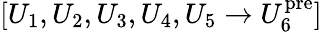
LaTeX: [U_{1},U_{2},U_{3},U_{4},U_{5}\rightarrow U_{6}^{\mathrm{pre}}]